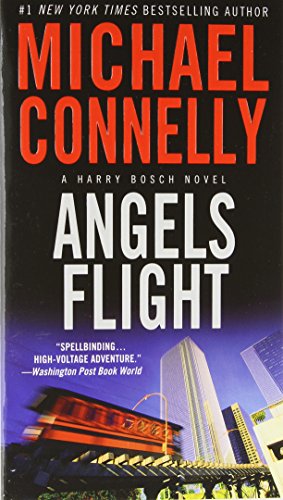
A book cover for Angels Flight (A Harry Bosch Novel); Michael Connelly; Mystery, Thriller & Suspense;